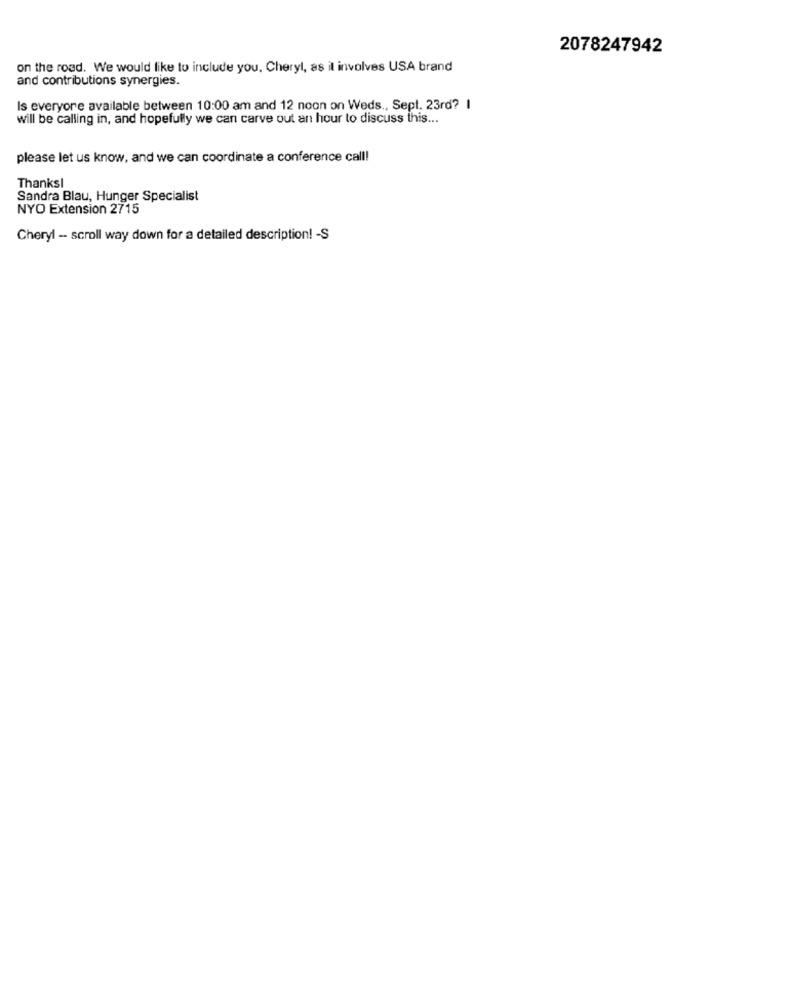
2078247942
on the road. We would like to include you. Cheryl, as it involves USA brand
and contributions synergies.
Is everyore available between 10:00 am and 12 noon on Weds ., Sept. 23rd? I
will be calling in, and hopefully we can carve out an hour to discuss this ...
please let us know, and we can coordinate a conference call!
Thanks!
Sandra Blau, Hunger Specialist
NYO Extension 2715
Cheryl -- scroll way down for a detailed description! - S